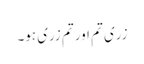
زری تم اور تم زری ہو۔